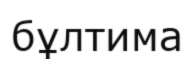
бұлтима